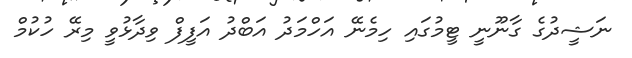
ނަޝީދުގެ ގާނޫނީ ޓީމުގައި ހިމެނޭ އަހްމަދު އަބްދު އަފީފް ވިދާޅުވީ މިރޭ ހުކުމް